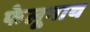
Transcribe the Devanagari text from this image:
फेलूनाथ